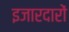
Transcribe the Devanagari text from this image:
इजारदारों